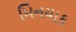
મિનયાક